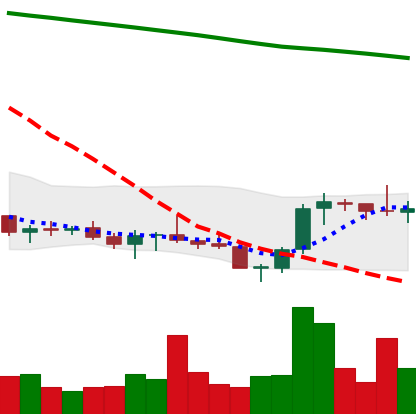
Ticker: XLM-USD
Chart end date: 2021-07-27
Forward return: 4.961%
Label: up_3_5